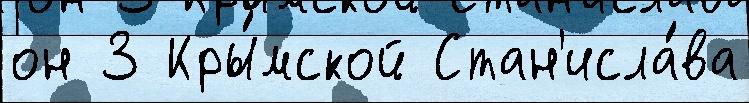
он 3 Кры́мской Стан'исла́ва